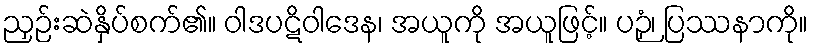
ညှဉ်းဆဲနှိပ်စက်၏။ ဝါဒပဋိဝါဒေန၊ အယူကို အယူဖြင့်။ ပဉှံ၊ ပြဿနာကို။